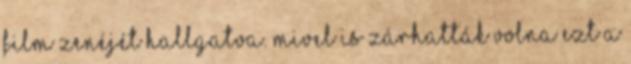
film zenéjét hallgatva. Mivel is zárhatták volna ezt a